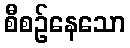
စီစဉ်နေသော